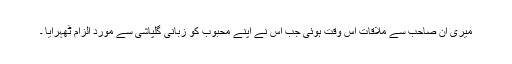
میری اِن صاحب سے ملاقات اُس وقت ہوئی جب اُس نے اپنے محبوب کو زبانی گلپاشی سے مورد الزام ٹھہرایا ۔